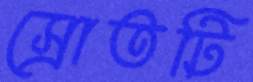
স্রোতটি